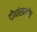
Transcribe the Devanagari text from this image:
दोघांसमवेत